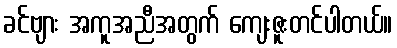
ခင်ဗျား အကူအညီအတွက် ကျေးဇူးတင်ပါတယ်။